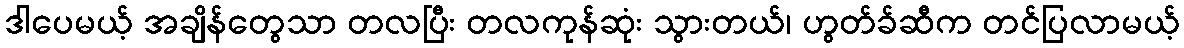
ဒါပေမယ့် အချိန်တွေသာ တလပြီး တလကုန်ဆုံး သွားတယ်၊ ဟွတ်ခ်ဆီက တင်ပြလာမယ့်